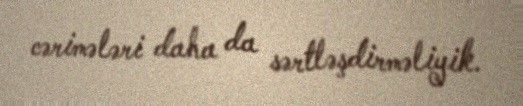
cərimələri daha da sərtləşdirməliyik.